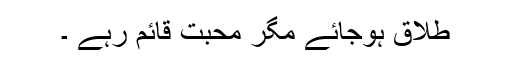
طلاق ہوجائے مگر محبت قائم رہے ۔